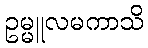
ဥမ္မူလမကာသိ